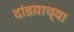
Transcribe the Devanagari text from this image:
दांडय़ाच्या